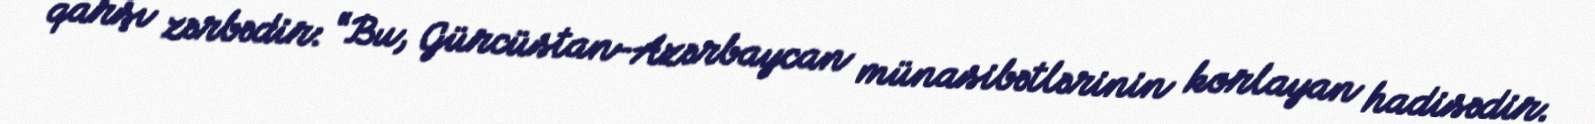
qarşı zərbədir: “Bu, Gürcüstan-Azərbaycan münasibətlərinin korlayan hadisədir.